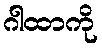
ဂါထာကို